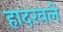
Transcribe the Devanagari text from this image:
हादरवले